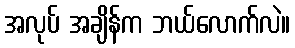
အလုပ် အချိန်က ဘယ်လောက်လဲ။